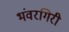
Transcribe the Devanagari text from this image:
भंवरगिरी